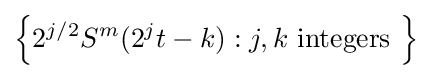
\left\{2^{j/2}S^{m}(2^{j}t-k):j,k{\text{ integers }}\right\}